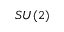
S U ( 2 )